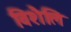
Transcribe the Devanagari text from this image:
विशैलि